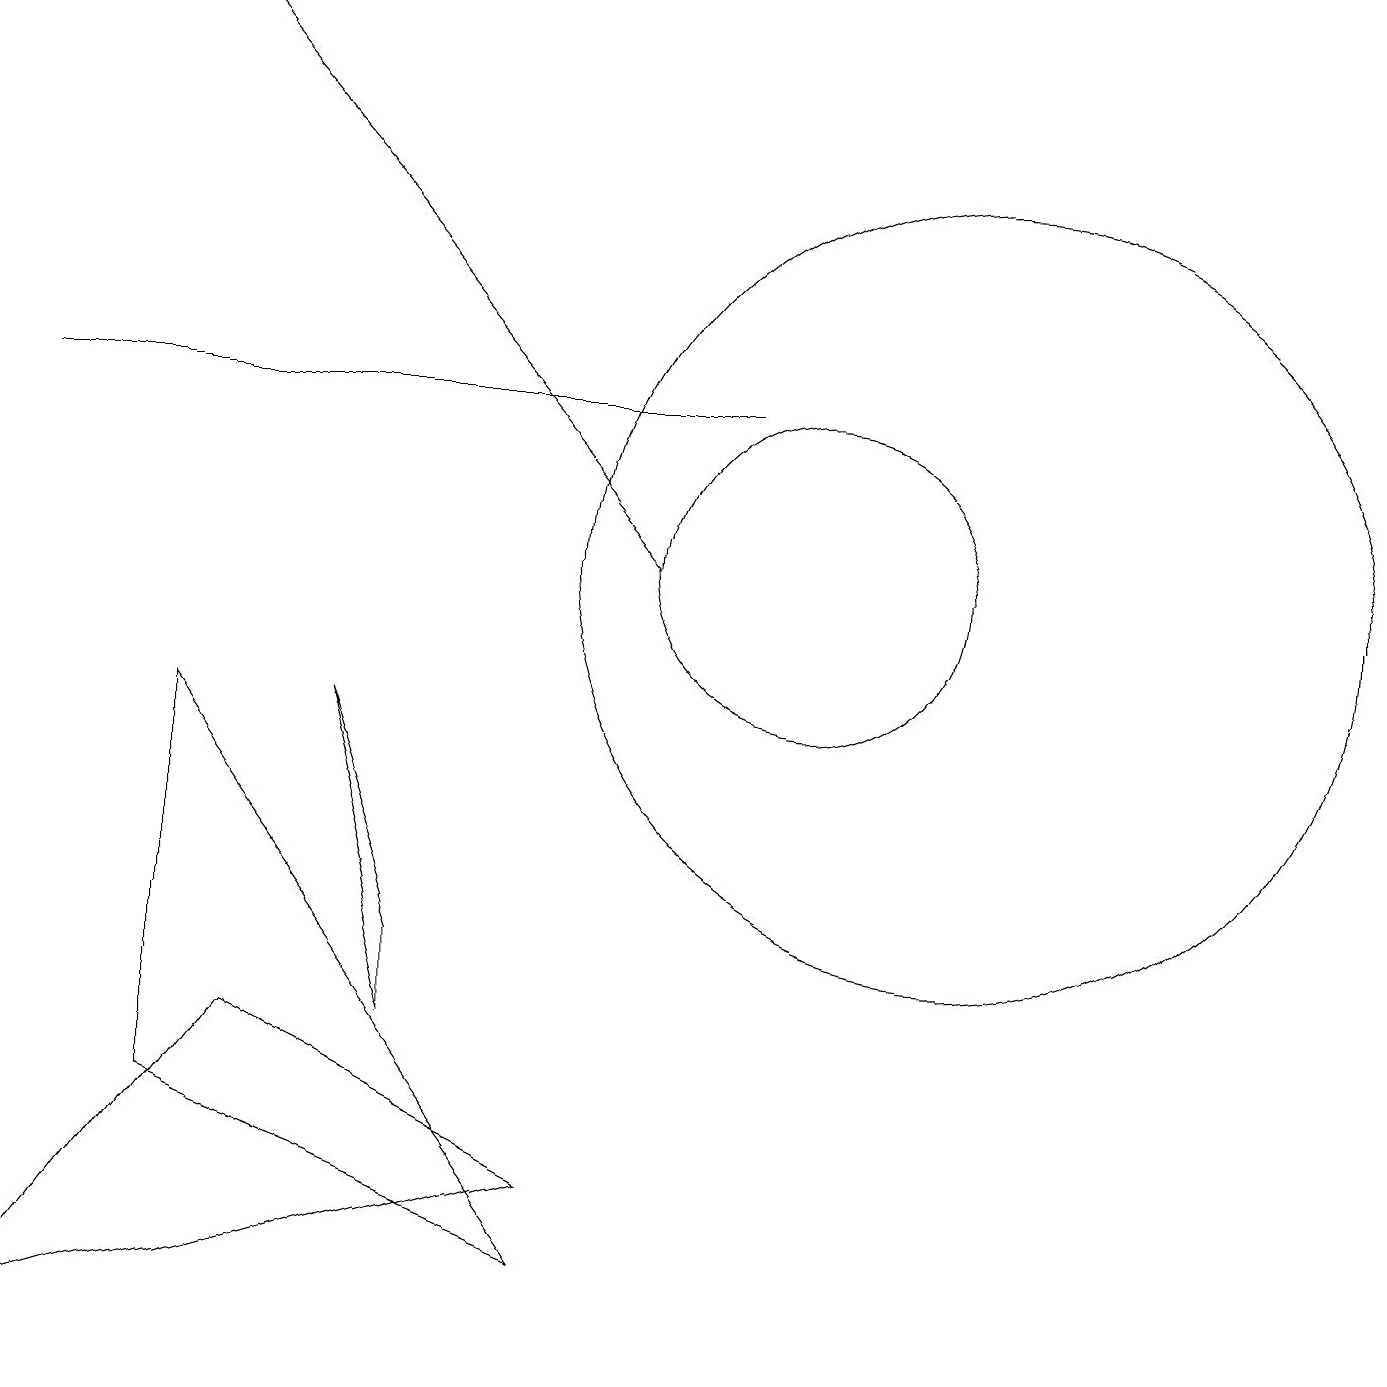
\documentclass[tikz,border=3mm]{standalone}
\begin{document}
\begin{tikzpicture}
\draw (5,4) -- (5,5) -- (4,8) -- cycle;
\draw (3,4) -- (7,2) -- (0,0) -- cycle;
\draw (12,10) circle (5);
\draw (2,8) -- (7,1) -- (2,3) -- cycle;
\draw[->] (8,10) -- (2,17);
\draw (9,12) rectangle (0,12);
\draw (10,10) circle (2);
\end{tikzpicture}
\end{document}